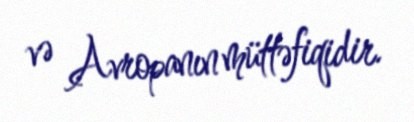
və Avropanın müttəfiqidir.